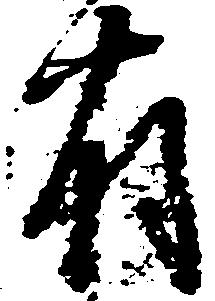
有